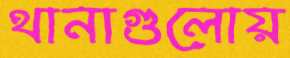
থানাগুলোয়